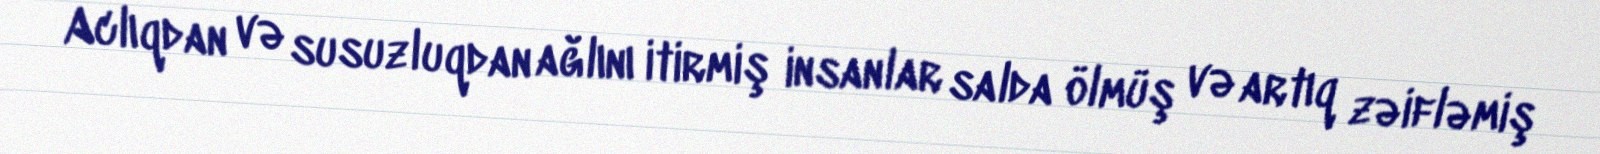
Aclıqdan və susuzluqdan ağlını itirmiş insanlar salda ölmüş və artıq zəifləmiş